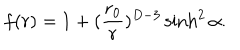
f ( r ) = 1 + ( { \frac { r _ { 0 } } { r } } ) ^ { D - 3 } \sinh ^ { 2 } \alpha .